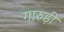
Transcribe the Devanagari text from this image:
गारुड़ी